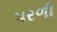
પરળી